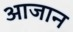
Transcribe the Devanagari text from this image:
आजान